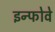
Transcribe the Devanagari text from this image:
इन्फोवे